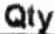
QTY